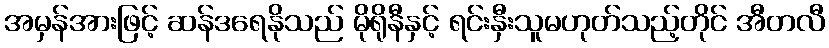
အမှန်အားဖြင့် ဆန်ဒရေနိုသည် မိုရိုနီနှင့် ရင်းနှီးသူမဟုတ်သည့်တိုင် အီတလီ